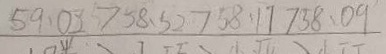
5 9 . 0 2 > 5 8 . 5 2 > 5 8 . 1 7 > 5 8 . 0 9